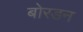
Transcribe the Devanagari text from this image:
बोरडन